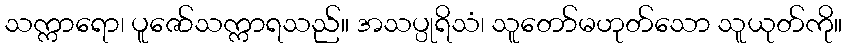
သက္ကာရော၊ ပူဇော်သက္ကာရသည်။ အသပ္ပုရိသံ၊ သူတော်မဟုတ်သော သူယုတ်ကို။